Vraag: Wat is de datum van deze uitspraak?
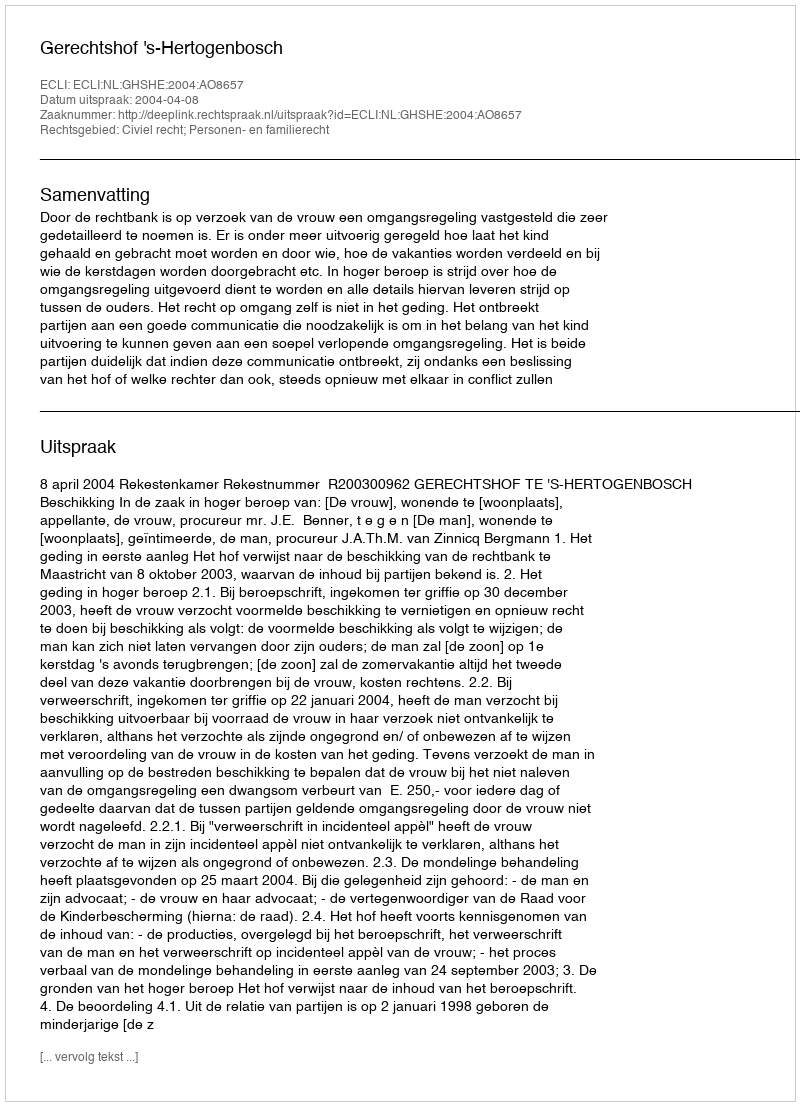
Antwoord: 2004-04-08